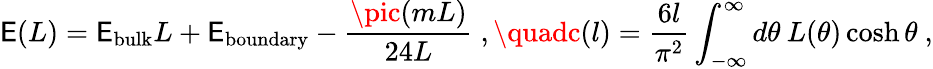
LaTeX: \mathsf{E}(L)=\mathsf{E}_{\mathrm{{bulk}}}L+\mathsf{E}_{\mathrm{{boundary}}}-\frac{{\pic(mL)}}{{24L}}\; ,\quadc(l)=\frac{{6l}}{{\pi^{2}}}\int_{-\infty}^{\infty}d\theta\: L(\theta)\cosh\theta\ ,